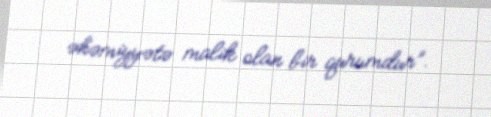
əhəmiyyətə malik olan bir qurumdur”.